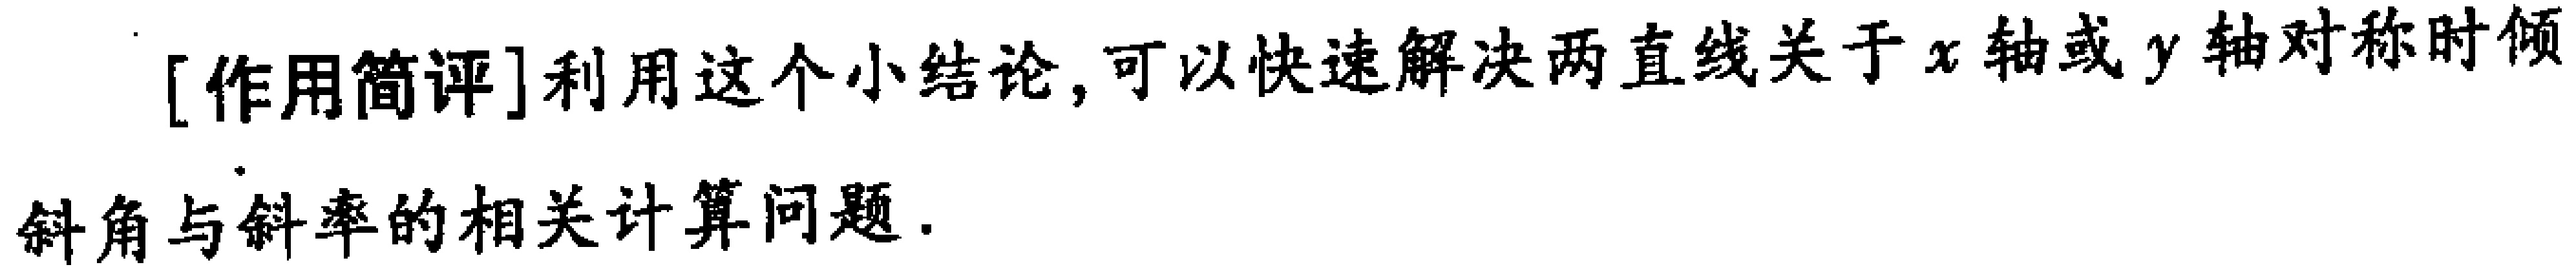
[作用简评]利用这个小结论,可以快速解决两直线关于\(x\)轴或\(y\)轴对称时倾
.
斜角与斜率的相关计算问题.